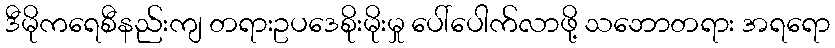
ဒီမိုကရေစီနည်းကျ တရားဥပဒေစိုးမိုးမှု ပေါ်ပေါက်လာဖို့ သဘောတရား အရရော